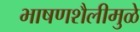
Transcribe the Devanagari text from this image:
भाषणशैलीमुळे